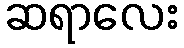
ဆရာလေး